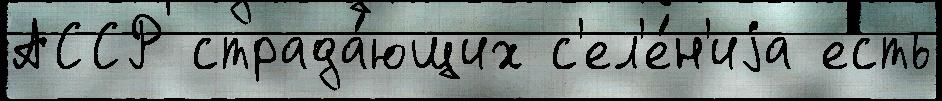
АССР страда́ющих с'ел'е́н'иjа есть